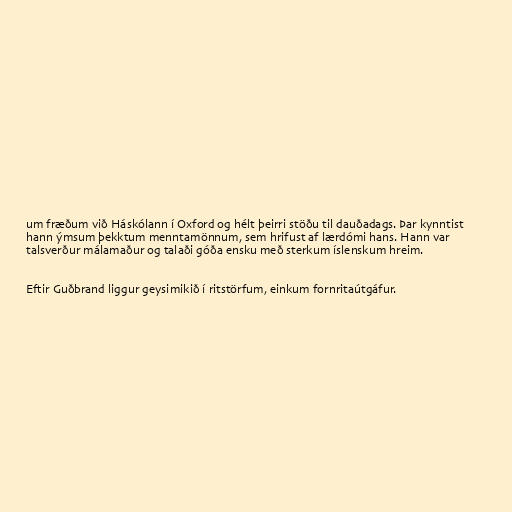
um fræðum við Háskólann í Oxford og hélt þeirri stöðu til dauðadags. Þar kynntist
hann ýmsum þekktum menntamönnum, sem hrifust af lærdómi hans. Hann var
talsverður málamaður og talaði góða ensku með sterkum íslenskum hreim.

Eftir Guðbrand liggur geysimikið í ritstörfum, einkum fornritaútgáfur.